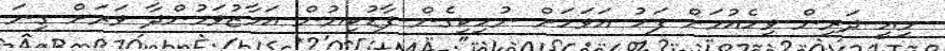
މިއީ ދަރިން ވިހެއުމަށް ފަހު އަވަހަށް ނުހިކިގެން ފާޑުކިޔުން އަމާޒުވަމުންދާ ވަރަށް ގިނަ